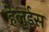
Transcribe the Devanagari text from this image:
हेलुईस